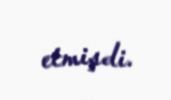
etmişdi.